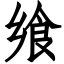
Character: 飨